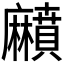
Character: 𪎰